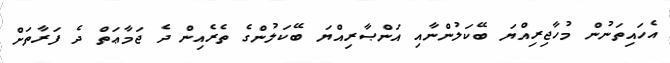
އެހައިތަނުން މުހާޖިރިއްޔަ ބޭކަލުންނާއި އަންޞާރިއްޔަ ބޭކަލުންގެ ތެރެއިން ދެ ޖަމާޢަތް ދެ ފަރާތަށް